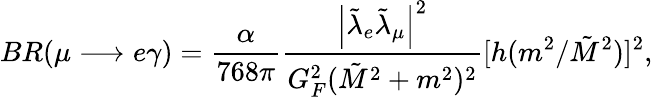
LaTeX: BR(\mu\longrightarrow e\gamma)=\frac{\alpha}{768\pi}\frac{\left|\tilde{\lambda}_{e}\tilde{\lambda}_{\mu}\right|^{2}}{G_{F}^{2}(\tilde{M}^{2}+m^{2})^{2}}[h(m^{2}/\tilde{M}^{2})]^{2},